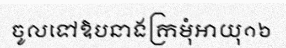
ចូលទៅឱបនាងក្រមុំអាយុ១៦